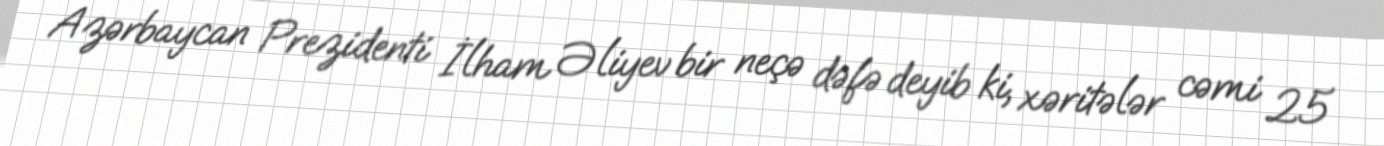
Azərbaycan Prezidenti İlham Əliyev bir neçə dəfə deyib ki, xəritələr cəmi 25